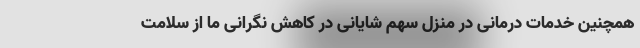
همچنین خدمات درمانی در منزل سهم شایانی در کاهش نگرانی ما از سلامت